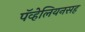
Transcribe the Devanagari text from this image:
पॅव्हेलियनसह